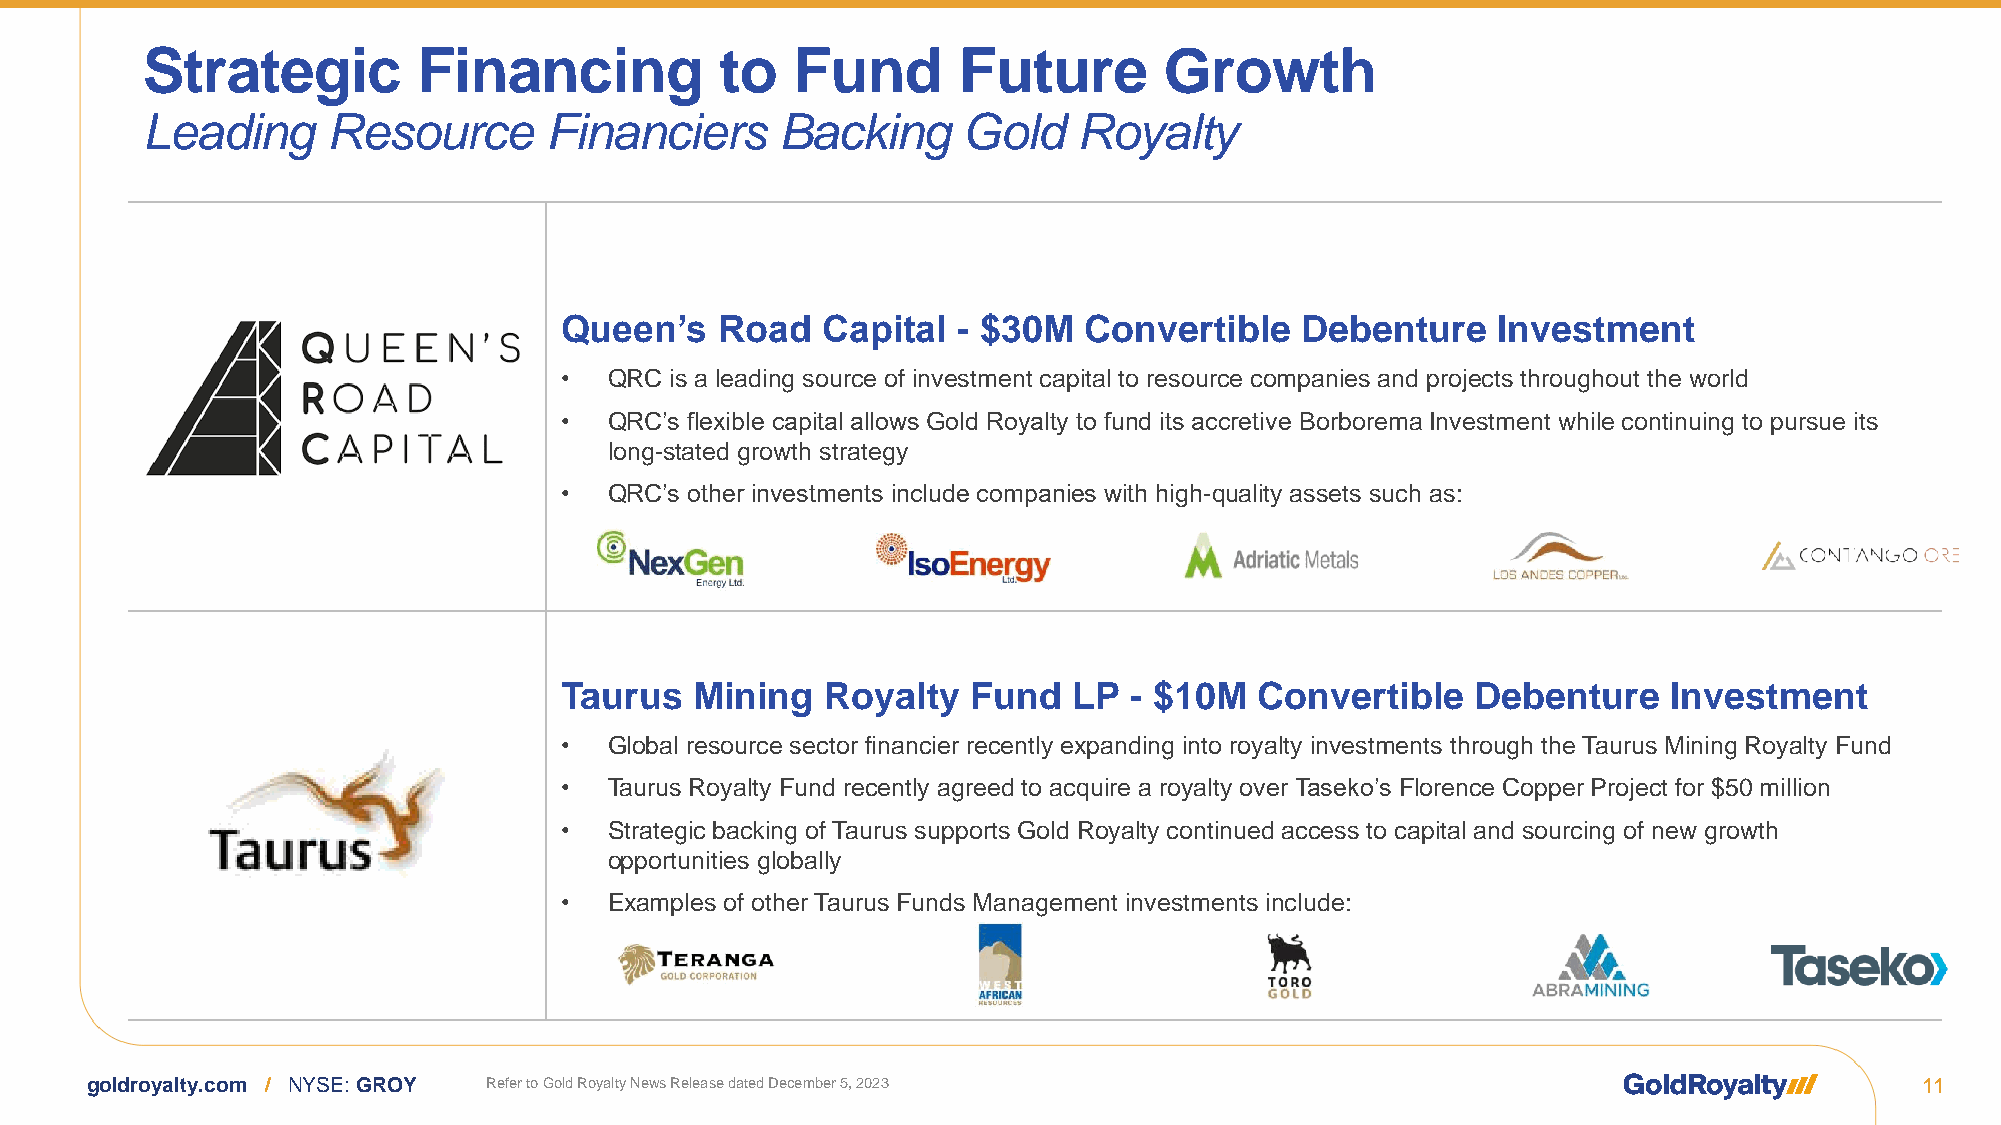
Strategic          Financing           to  Fund       Future        Growth
 Leading      Resource      Financiers      Backing     Gold   Royalty
 Queen’s   Road   Capital  - $30M   Convertible   Debenture    Investment
 •  QRC is a leading source of investment capital to resource companies and projects throughout the world
 •  QRC’s flexible capital allows Gold Royalty to fund its accretive Borborema Investment while continuing to pursue its
 long-stated growth strategy
 •  QRC’s other investments include companies with high-quality assets such as:
 Taurus   Mining   Royalty  Fund   LP  - $10M  Convertible    Debenture    Investment
 •  Global resource sector financier recently expanding into royalty investments through the Taurus Mining Royalty Fund
 •  Taurus Royalty Fund recently agreed to acquire a royalty over Taseko’s Florence Copper Project for $50 million
 •  Strategic backing of Taurus supports Gold Royalty continued access to capital and sourcing of new growth
 opportunities globally
 •  Examples of other Taurus Funds Management investments include:
 goldroyalty.com / NYSE: GROY Refer to Gold Royalty News Release dated December 5, 2023                                   11